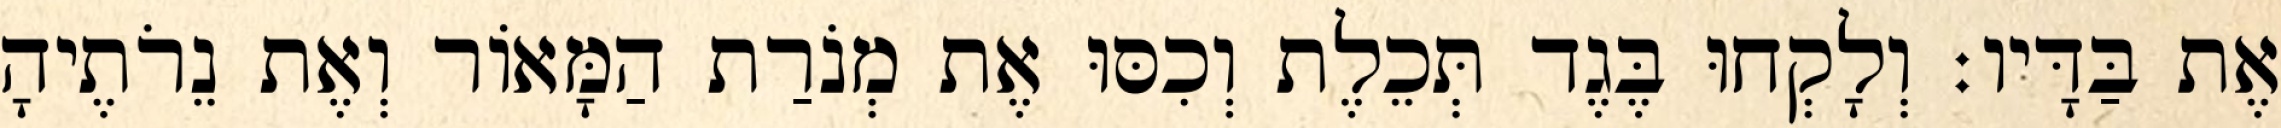
אֶת בַּדָּיו׃ וְלָקְחוּ בֶּגֶד תְּכֵלֶת וְכִסּוּ אֶת מְנֹרַת הַמָּאוֹר וְאֶת נֵרֹתֶיהָ